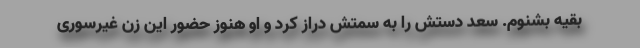
بقیه بشنوم. سعد دستش را به سمتش دراز کرد و او هنوز حضور این زن غیرسوری